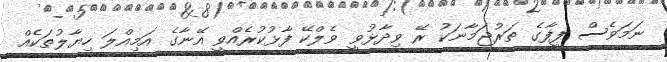
ނަމަވެސް ފީފާގެ ތަރުޖަމާނަކު ރޭ ވިދާޅުވީ ވެލްކޭ ފާޅުކުރެއްވީ އޭނާގެ އަމިއްލަ ހިޔާލުތަކެއް